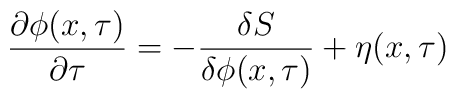
\frac{\partial\phi(x,\tau)}{\partial \tau}=-\frac{\delta S}{\delta\phi(x,\tau)} + \eta(x,\tau)